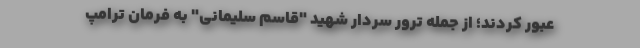
عبور کردند؛ از جمله ترور سردار شهید "قاسم سلیمانی" به فرمان ترامپ